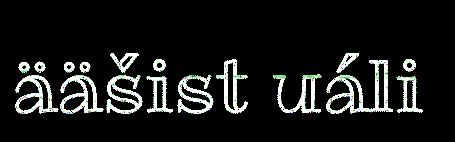
ääšist uáli